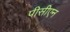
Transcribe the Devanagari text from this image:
पीसीएन